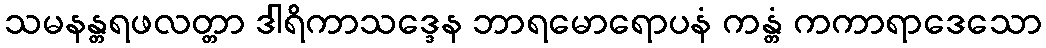
သမနန္တရဖလတ္တာ ဒါရိကာသဒ္ဒေန ဘာရမောရောပနံ ကန္တံ ကကာရာဒေသော